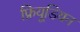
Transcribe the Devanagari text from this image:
फ्रियूडियन